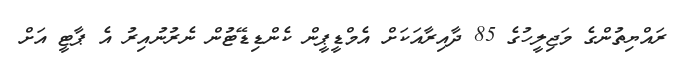
ރައްޔިތުންގެ މަޖިލީހުގެ 85 ދާއިރާއަކަށް އެމްޑީޕީން ކެންޑިޑޭޓުން ނެރުނުއިރު އެ ޕާޓީ އަށް